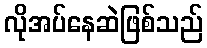
လိုအပ်နေဆဲဖြစ်သည်